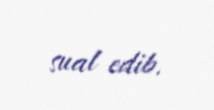
sual edib.